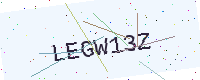
Text: LEGW13Z